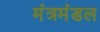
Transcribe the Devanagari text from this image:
मंत्रमंडल